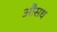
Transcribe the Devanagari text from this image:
औसध